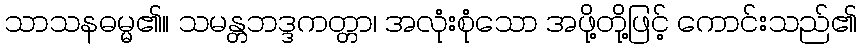
သာသနဓမ္မ၏။ သမန္တဘဒ္ဒကတ္တာ၊ အလုံးစုံသော အဖို့တို့ဖြင့် ကောင်းသည်၏